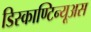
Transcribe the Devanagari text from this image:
डिस्काण्टिन्यूअस